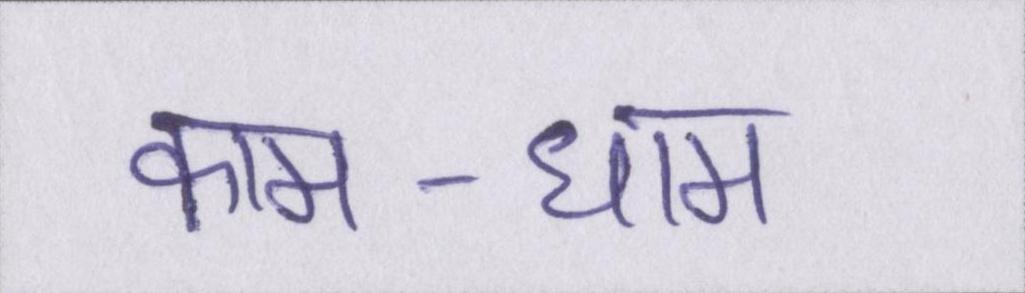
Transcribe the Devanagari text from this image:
काम-धाम